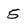
Character: 5